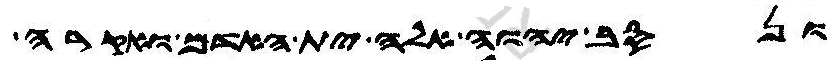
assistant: ונסב יהוה אלה ית האדם ואקרה